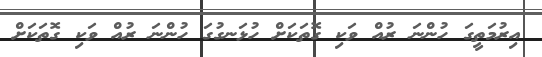
އިރުމަތީގަ ހުންނަ ރުއް ވަކި ގޮތަކަށް ހުޅަނގުގަ ހުންނަ ރުއް ވަކި ގޮތަކަށް